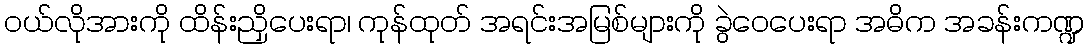
ဝယ်လိုအားကို ထိန်းညှိပေးရာ၊ ကုန်ထုတ် အရင်းအမြစ်များကို ခွဲဝေပေးရာ အဓိက အခန်းကဏ္ဍ